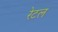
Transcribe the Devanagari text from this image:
रेटल